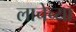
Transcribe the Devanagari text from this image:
लाचेच्या